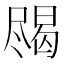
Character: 𱛀